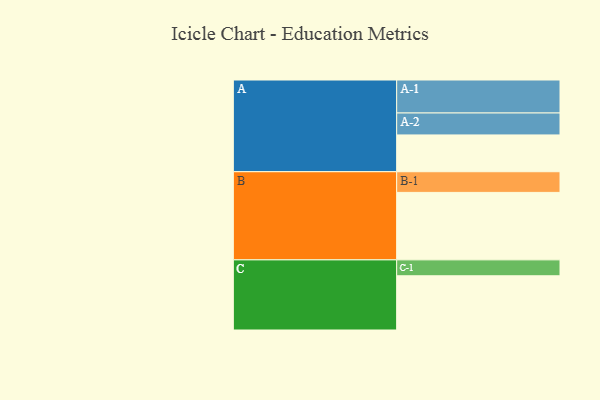
{"axis": {"x": "Segment", "y": "Value"}, "legend": ["", "A", "B", "C"], "data": [{"x": "A", "y": 317, "type": ""}, {"x": "B", "y": 581, "type": ""}, {"x": "C", "y": 467, "type": ""}, {"x": "A-1", "y": 284, "type": "A"}, {"x": "A-2", "y": 189, "type": "A"}, {"x": "B-1", "y": 178, "type": "B"}, {"x": "C-1", "y": 137, "type": "C"}]}